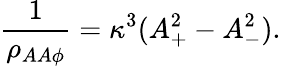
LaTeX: {\frac{1}{\rho_{AA\phi}}}=\kappa^{3}(A_{+}^{2}-A_{-}^{2}).